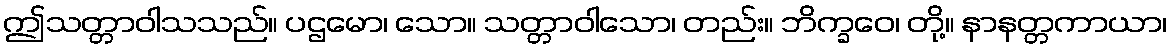
ဤသတ္တာဝါသသည်။ ပဌမော၊ သော။ သတ္တာဝါသော၊ တည်း။ ဘိက္ခဝေ၊ တို့။ နာနတ္တကာယာ၊